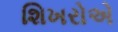
શિખરોએ